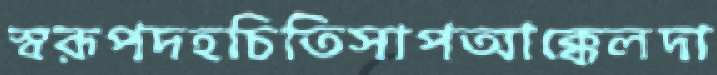
স্বরূপদহচিতিসাপআক্কেলদা